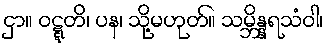
ငှာ။ ဝဋ္ဋတိ၊ ပန၊ သို့မဟုတ်။ သမ္ဘိန္နရသံဝါ၊